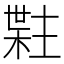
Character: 𬃯